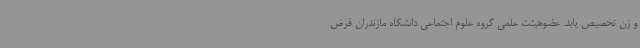
و زن تخصیص یابد. عضوهیئت علمی گروه علوم اجتماعی دانشگاه مازندران فرض